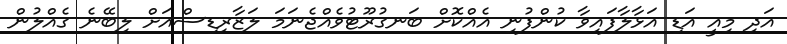
އަދި މިއީ އަޑި އަޅާލާފައިވާ ކުންފުނި އެއްކޮށް ބަނގުރޫޓުވެއްޖެނަމަ ލަޒާރިޑިސްއަށް ލިބޭނެ ގެއްލުން